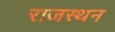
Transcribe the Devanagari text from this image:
राजस्थन